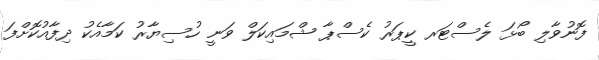
ފޮނުވާލި ބޯޅަ ލެސްޓަރ ކީޕަރު ކެސްޕާ ޝްމައިކަލް ވަނީ ހުސިޔާރު ކަމާއެކު ދިފާއުކޮށްފަ